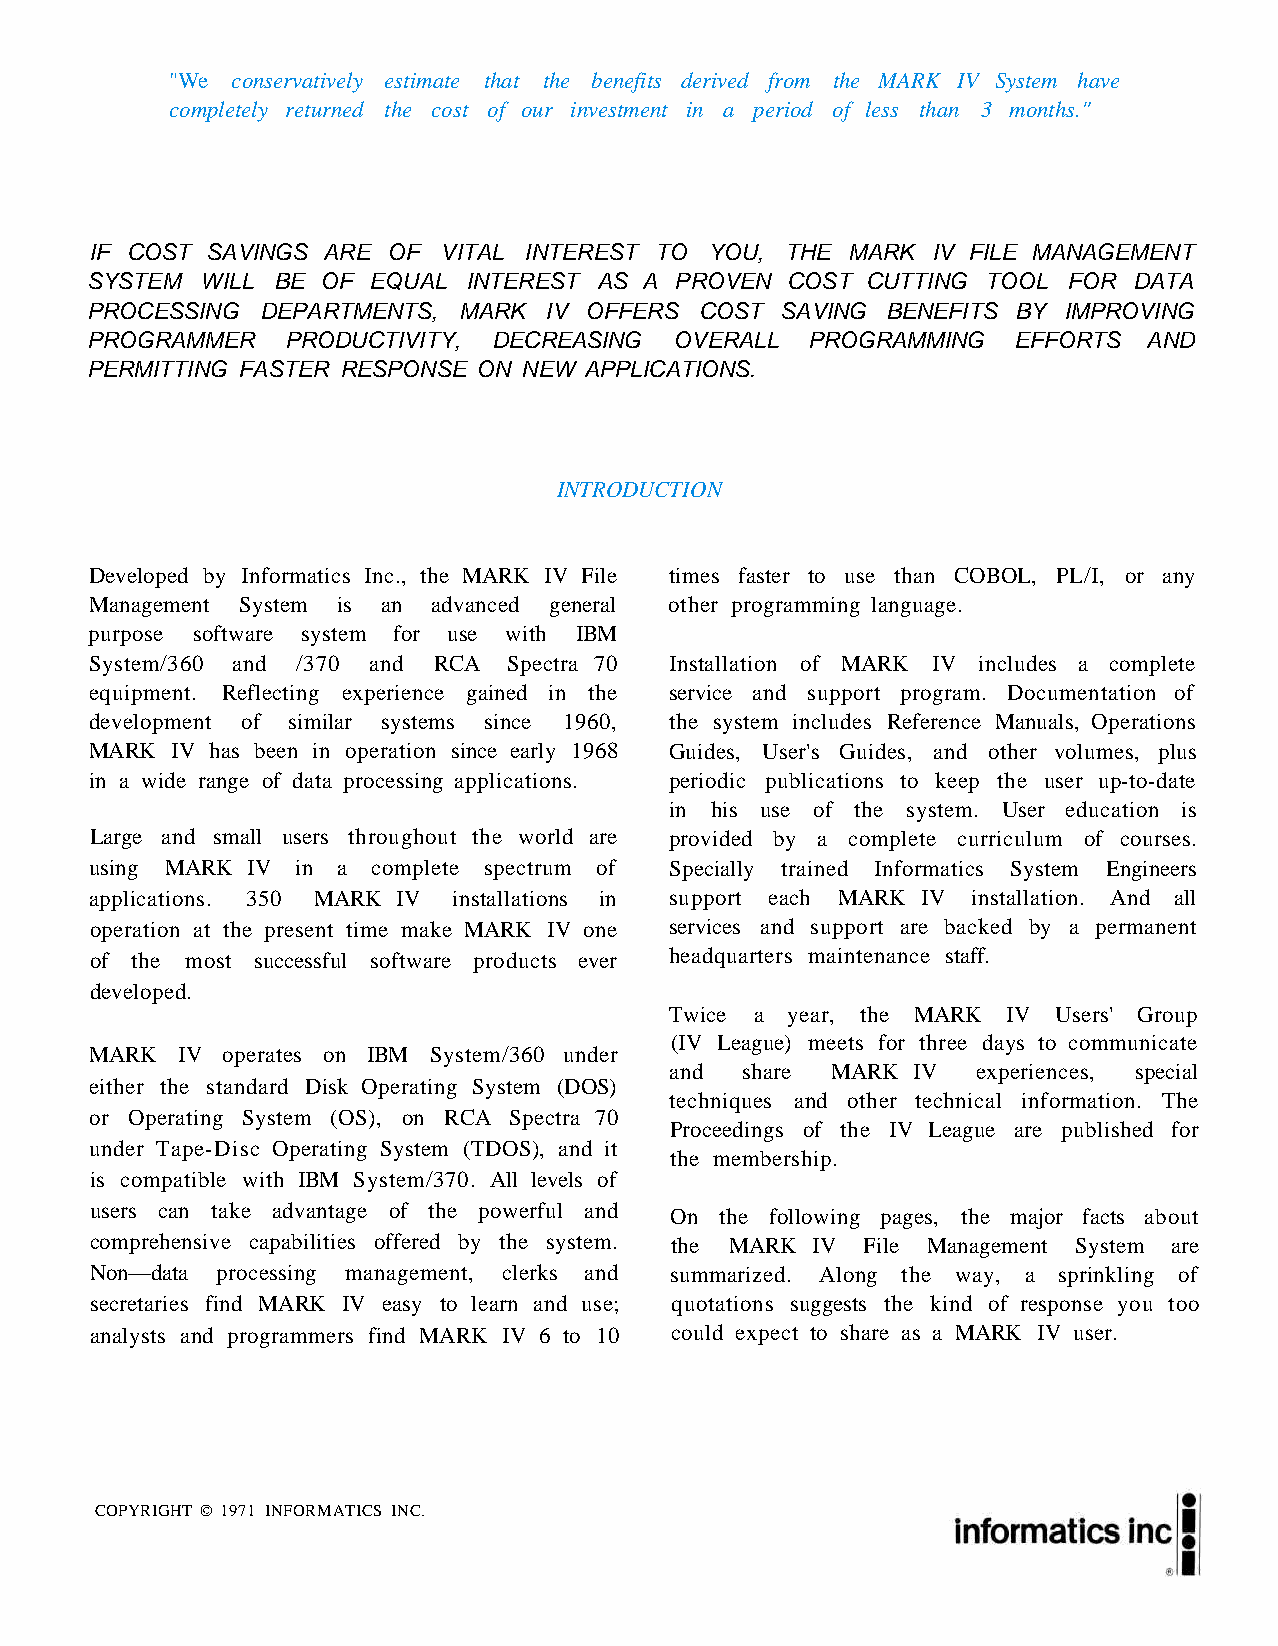
"We conservatively estimate that the benefits derived from the MARK IV System have
 completely returned the cost of our investment in a period of less than 3 months."
 IF COST SAVINGS ARE OF VITAL INTEREST TO YOU, THE MARK  IV FILE MANAGEMENT
 SYSTEM WILL BE OF EQUAL  INTEREST AS A PROVEN COST CUTTING TOOL  FOR DATA
 PROCESSING DEPARTMENTS, MARK  IV OFFERS COST  SAVING BENEFITS BY IMPROVING
 PROGRAMMER   PRODUCTIVITY, DECREASING  OVERALL PROGRAMMING   EFFORTS  AND
 PERMITTING FASTER RESPONSE ON NEW APPLICATIONS.
 INTRODUCTION
 Developed by Informatics Inc., the MARK IV File times faster to use than COBOL, PL/I, or any
 Management System is an advanced general other programming language.
 purpose software system for use with IBM
 System/360 and /370 and RCA Spectra 70 Installation of MARK IV includes a complete
 equipment. Reflecting experience gained in the service and support program. Documentation of
 development of similar systems since 1960, the system includes Reference Manuals, Operations
 MARK IV has been in operation since early 1968 Guides, User's Guides, and other volumes, plus
 in a wide range of data processing applications. periodic publications to keep the user up-to-date
 in his use of the system. User education is
 Large and small users throughout the world are provided by a complete curriculum of courses.
 using MARK IV in a complete spectrum of Specially trained Informatics System Engineers
 applications. 350 MARK IV installations in support each MARK IV installation. And all
 operation at the present time make MARK IV one services and support are backed by a permanent
 of the most successful software products ever headquarters maintenance staff.
 developed.
 Twice a year, the MARK IV Users' Group
 (IV League) meets for three days to communicate
 MARK  IV operates on IBM System/360 under
 and  share MARK IV   experiences, special
 either the standard Disk Operating System (DOS)
 techniques and other technical information. The
 or Operating System (OS), on RCA Spectra 70
 Proceedings of the IV League are published for
 under Tape-Disc Operating System (TDOS), and it
 the membership.
 is compatible with IBM System/370. All levels of
 users can take advantage of the powerful and
 On  the following pages, the major facts about
 comprehensive capabilities offered by the system. the MARK IV File Management System are
 Non—data processing management, clerks and summarized. Along the way, a sprinkling of
 secretaries find MARK IV easy to learn and use; quotations suggests the kind of response you too
 analysts and programmers find MARK IV 6 to 10 could expect to share as a MARK IV user.
 COPYRIGHT © 1971 INFORMATICS INC.